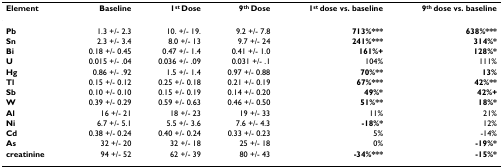
| Element | Baseline | 1st Dose | 9th Dose | 1st dose vs. baseline | 9th dose vs. baseline |
 | --- | --- | --- | --- | --- | --- |
 | Pb | 1.3 +/- 2.3 | 10. +/- 19. | 9.2 +/- 7.8 | 713%*** | 638%*** |
 | Sn | 2.3 +/- 3.4 | 8.0 +/- 13 | 9.7 +/- 24 | 241%*** | 314%* |
 | Bi | 0.18 +/- 0.45 | 0.47 +/- 1.4 | 0.41 +/- 1.0 | 161%+ | 128%* |
 | U | 0.015 +/- .04 | 0.036 +/- .09 | 0.031 +/- .1 | 104% | 111% |
 | Hg | 0.86 +/- .92 | 1.5 +/- 1.4 | 0.97 +/- 0.88 | 70%** | 13% |
 | Tl | 0.15 +/- 0.12 | 0.25 +/- 0.18 | 0.21 +/- 0.19 | 67%*** | 42%** |
 | Sb | 0.10 +/- 0.10 | 0.15 +/- 0.19 | 0.14 +/- 0.20 | 49%* | 42%+ |
 | W | 0.39 +/- 0.29 | 0.59 +/- 0.63 | 0.46 +/- 0.50 | 51%** | 18%* |
 | Al | 16 +/- 21 | 18 +/- 23 | 19 +/- 33 | 11% | 21% |
 | Ni | 6.7 +/- 5.1 | 5.5 +/- 3.6 | 7.6 +/- 4.3 | -18%* | 12% |
 | Cd | 0.38 +/- 0.24 | 0.40 +/- 0.24 | 0.33 +/- 0.23 | 5% | -14% |
 | As | 32 +/- 20 | 32 +/- 18 | 25 +/- 18 | 0% | -19%* |
 | creatinine | 94 +/- 52 | 62 +/- 39 | 80 +/- 43 | -34%*** | -15%* |